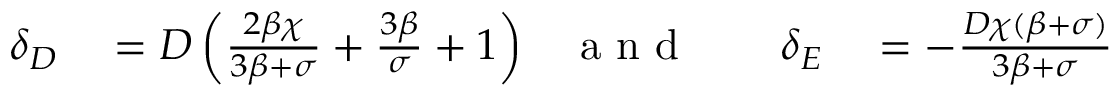
\begin{array} { r l r l r l } { \delta _ { D } } & { { } = D \left( \frac { 2 \beta \chi } { 3 \beta + \sigma } + \frac { 3 \beta } { \sigma } + 1 \right) } & { \mathrm { ~ a ~ n ~ d ~ } } & { { } } & { \delta _ { E } } & { { } = - \frac { D \chi ( \beta + \sigma ) } { 3 \beta + \sigma } } \end{array}